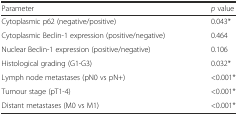
<table><thead><tr><td><b>Parameter</b></td><td><b><i>p</i> value</b></td></tr></thead><tbody><tr><td>Cytoplasmic p62 (negative/positive)</td><td>0.043*</td></tr><tr><td>Cytoplasmic Beclin-1 expression (positive/negative)</td><td>0.464</td></tr><tr><td>Nuclear Beclin-1 expression (positive/negative)</td><td>0.106</td></tr><tr><td>Histological grading (G1-G3)</td><td>0.032*</td></tr><tr><td>Lymph node metastases (pN0 vs pN+)</td><td>&lt;0.001*</td></tr><tr><td>Tumour stage (pT1-4)</td><td>&lt;0.001*</td></tr><tr><td>Distant metastases (M0 vs M1)</td><td>&lt;0.001*</td></tr></tbody></table>